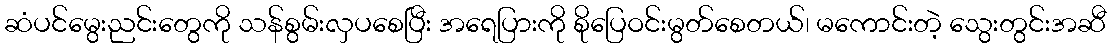
ဆံပင်မွေးညင်းတွေကို သန်စွမ်းလှပစေပြီး အရေပြားကို စိုပြေဝင်းမွတ်စေတယ်၊ မကောင်းတဲ့ သွေးတွင်းအဆီ